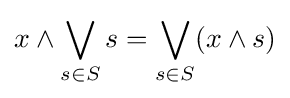
x\land \bigvee _{s\in S}s=\bigvee _{s\in S}(x\land s)